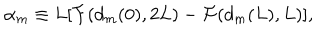
{ \alpha } _ { m } \equiv L [ { \cal F } ( d _ { m } ( 0 ) , 2 L ) - { \cal F } ( d _ { m } ( L ) , L ) ] ,